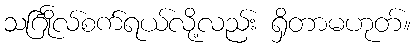
သင်္ဂြိုလ်စက်ရယ်လို့လည်း ရှိတာမဟုတ်။